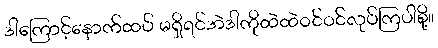
ဒါကြောင့်နောက်ထပ် မရှိရင်အဲဒါကိုထဲထဲဝင်ဝင်လုပ်ကြပါစို့။